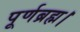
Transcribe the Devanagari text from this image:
पूर्णब्रह्म।